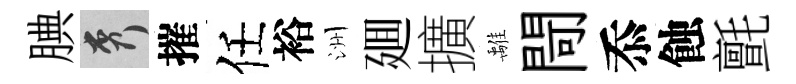
腆秀摧任裕洲廽擴𩀌閜忝蝕氈